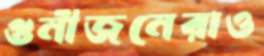
গুনীজনেরাও